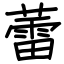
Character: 蕾